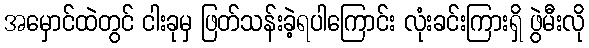
အမှောင်ထဲတွင် ငါးခုမှ ဖြတ်သန်းခဲ့ရပါကြောင်း လုံးခင်းကြားရှိ ဖွဲမီးလို